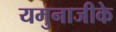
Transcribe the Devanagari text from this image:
यमुनाजीके